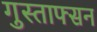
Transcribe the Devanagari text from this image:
गुस्ताफ्सन